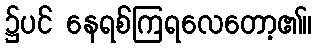
၌ပင် နေရစ်ကြရလေတော့၏။